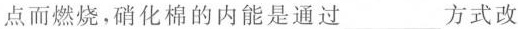
点而燃烧，硝化棉的内能是通过___方式改